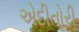
એદીતોરી